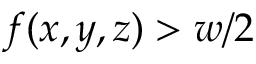
f ( x , y , z ) > w / 2